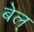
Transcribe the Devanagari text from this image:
बेल्